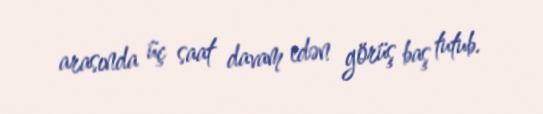
arasında üç saat davam edən görüş baş tutub.